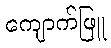
ကျောက်ဖြူ